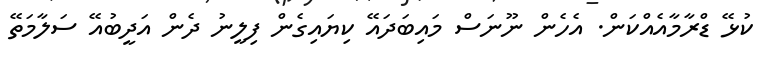
ކުޅޭ ޑްރާމާއެއްކަން. އެހެން ނޫނަސް މައިބަދައޭ ކިޔައިގެން ފިލީނު ދެން އަދީބުއޭ ސަލާމަތޭ